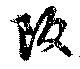
阪